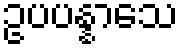
ဥပပန္နာသေ